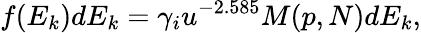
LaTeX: f(E_{k})dE_{k}=\gamma_{i}u^{-2.585}M(p,N)dE_{k},